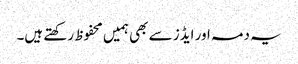
یہ دمہ اور ایڈز سے بھی ہمیں محفوظ رکھتے ہیں۔